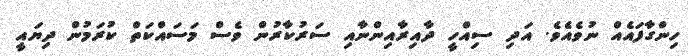
ހިންގާފައެއް ނުވެއެވެ. އަދި ސިއްހީ ދާއިރާއިންނާއި ސަރުކާރުން ވެސް މަސައްކަތް ކުރަމުން ދިޔައީ